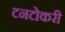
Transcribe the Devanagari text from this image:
टनटोकरी